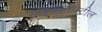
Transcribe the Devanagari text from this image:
साइफोनोस्टील